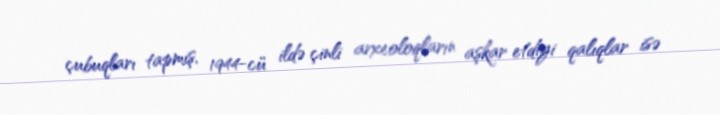
çubuqları tapmış, 1944-cü ildə çinli arxeoloqların aşkar etdiyi qalıqlar isə